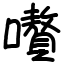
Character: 嚽